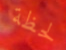
لحظة